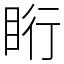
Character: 䀪